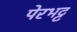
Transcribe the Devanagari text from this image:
पेरभट्ट